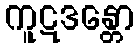
ကူဋဒန္တော